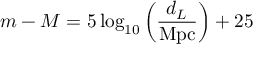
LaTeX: m - M = 5 \log _ { 1 0 } \left( \frac { d _ { L } } { \mathrm { M p c } } \right) + 2 5